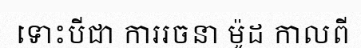
ទោះបីជា ការរចនា ម៉ូដ កាលពី